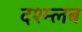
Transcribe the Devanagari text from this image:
दश्म्लब